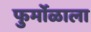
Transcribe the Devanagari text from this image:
फुर्मोळाला